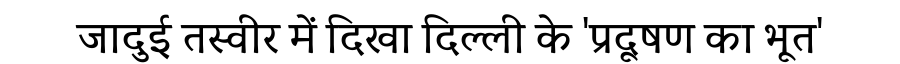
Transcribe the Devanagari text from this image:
जादुई तस्वीर में दिखा दिल्ली के 'प्रदूषण का भूत'